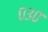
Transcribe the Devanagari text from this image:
०३०